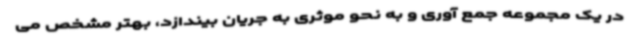
در یک مجموعه جمع آوری و به نحو موثری به جریان بیندازد، بهتر مشخص می